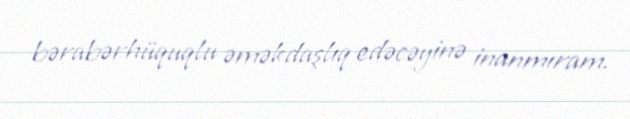
bərabərhüquqlu əməkdaşlıq edəcəyinə inanmıram.